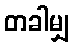
တခါမျှ